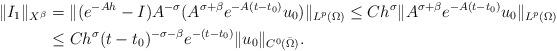
LaTeX: \begin{align*}\|I_1\|_{ X^{\beta}} &=\|(e^{-Ah}-I)A^{-\sigma}(A^{\sigma+\beta}e^{-A(t-t_0)}u_0)\|_{L^p(\Omega)}\leq Ch^{\sigma} \|A^{\sigma+\beta}e^{-A(t-t_0)}u_0\|_{L^p(\Omega)}\\&\leq Ch^{\sigma}(t-t_0)^{-\sigma-\beta}e^{-(t-t_0)}\|u_0\|_{C^0(\bar\Omega)}.\end{align*}